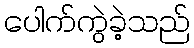
ပေါက်ကွဲခဲ့သည်